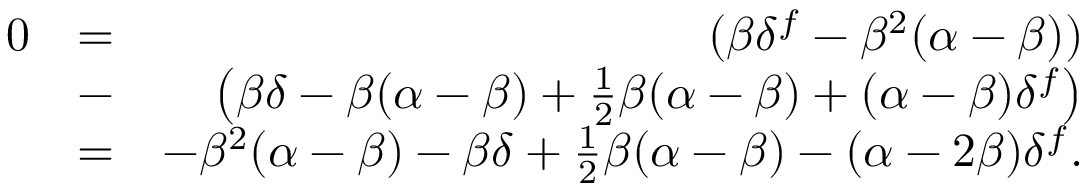
\begin{array} { r l r } { 0 } & { = } & { ( \beta \delta ^ { f } - \beta ^ { 2 } ( \alpha - \beta ) ) } \\ & { - } & { \left( \beta \delta - \beta ( \alpha - \beta ) + \frac { 1 } { 2 } \beta ( \alpha - \beta ) + ( \alpha - \beta ) \delta ^ { f } \right) } \\ & { = } & { - \beta ^ { 2 } ( \alpha - \beta ) - \beta \delta + \frac { 1 } { 2 } \beta ( \alpha - \beta ) - ( \alpha - 2 \beta ) \delta ^ { f } . } \end{array}